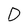
Character: D